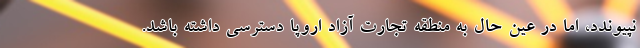
نپیوندد، اما در عین حال به منطقه تجارت آزاد اروپا دسترسی داشته باشد.